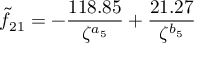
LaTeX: \tilde { f } _ { 2 1 } = - \frac { 1 1 8 . 8 5 } { \zeta ^ { a _ { 5 } } } + \frac { 2 1 . 2 7 } { \zeta ^ { b _ { 5 } } }